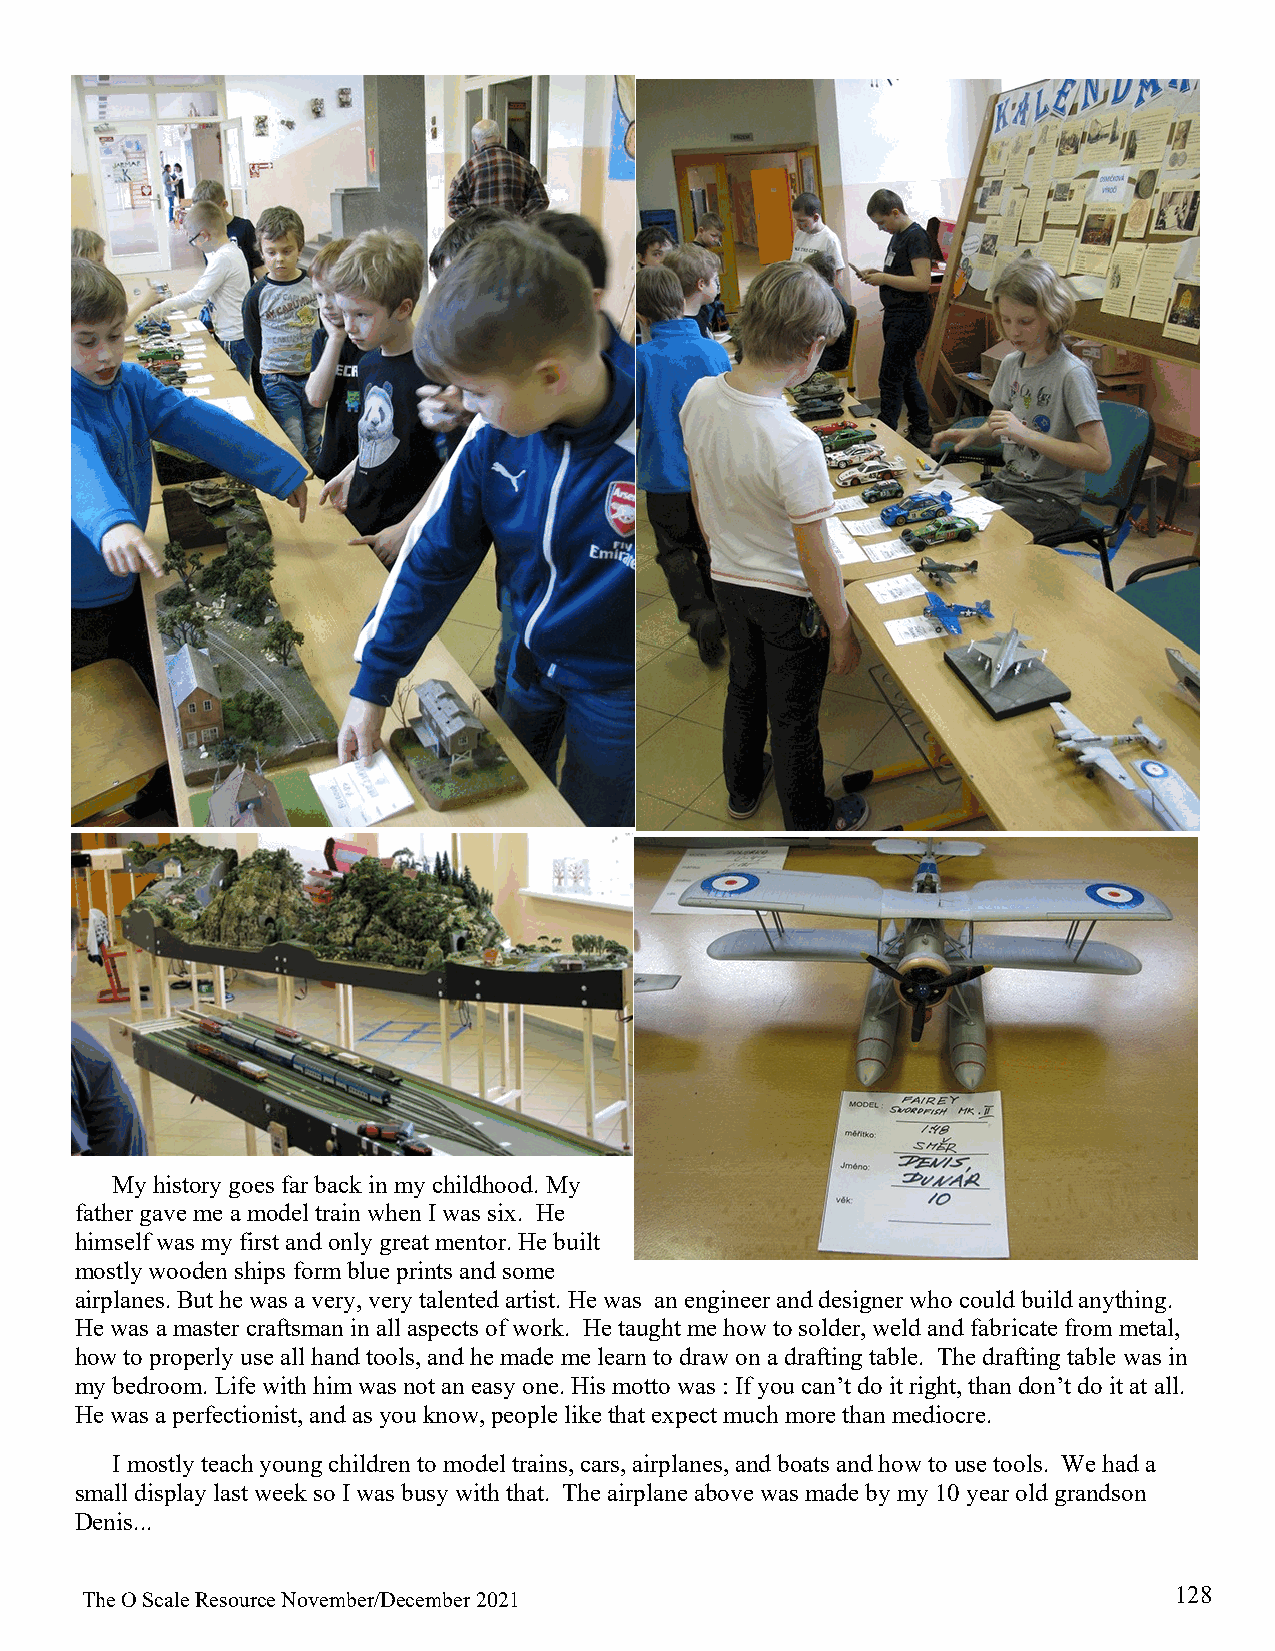
My history goes far back in my childhood. My
 father gave me a model train when I was six. He
 himself was my first and only great mentor. He built
 mostly wooden ships form blue prints and some
 airplanes. But he was a very, very talented artist. He was an engineer and designer who could build anything.
 He was a master craftsman in all aspects of work. He taught me how to solder, weld and fabricate from metal,
 how to properly use all hand tools, and he made me learn to draw on a drafting table. The drafting table was in
 my bedroom. Life with him was not an easy one. His motto was : If you can’t do it right, than don’t do it at all.
 He was a perfectionist, and as you know, people like that expect much more than mediocre.
 I mostly teach young children to model trains, cars, airplanes, and boats and how to use tools. We had a
 small display last week so I was busy with that. The airplane above was made by my 10 year old grandson
 Denis...
 128
 The O Scale Resource November/December 2021